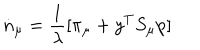
LaTeX: \dot { n } _ { \mu } = \frac { 1 } { \lambda } [ \pi _ { \mu } + y ^ { T } S _ { \mu } \mathrm { p } ]